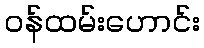
ဝန်ထမ်းဟောင်း